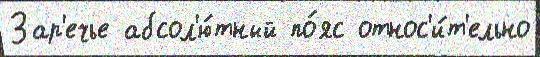
Зар'ечье абсол'ю́тный по́яс относ'и́т'ельно